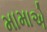
મામાએ